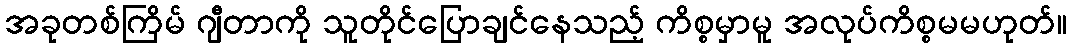
အခုတစ်ကြိမ် ဂျီတာကို သူတိုင်ပြောချင်နေသည့် ကိစ္စမှာမူ အလုပ်ကိစ္စမမဟုတ်။